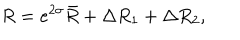
R = e ^ { 2 \sigma } \bar { R } + \Delta R _ { 1 } + \Delta R _ { 2 } ,